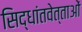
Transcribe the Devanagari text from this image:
सिद्धांतवेत्ताओं